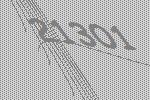
21301